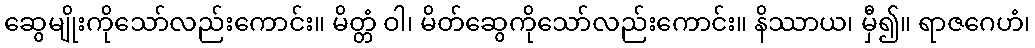
ဆွေမျိုးကိုသော်လည်းကောင်း။ မိတ္တံ ဝါ၊ မိတ်ဆွေကိုသော်လည်းကောင်း။ နိဿာယ၊ မှီ၍။ ရာဇဂေဟံ၊